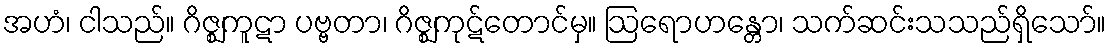
အဟံ၊ ငါသည်။ ဂိဇ္ဈကူဋာ ပဗ္ဗတာ၊ ဂိဇ္ဈကုဋ်တောင်မှ။ ဩရောဟန္တော၊ သက်ဆင်းသသည်ရှိသော်။